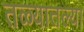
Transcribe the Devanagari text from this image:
तळ्यातल्या